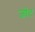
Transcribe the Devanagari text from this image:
जोंट